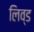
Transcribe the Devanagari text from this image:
लिव्‍ड